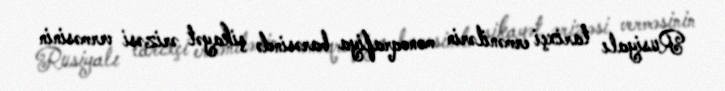
Rusiyalı tarixçi ermənilərin monoqrafiya barəsində şikayət ərizəsi verməsinin